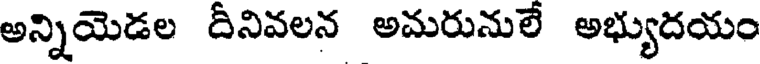
అన్నియెడల దీనివలన అమరునులే అభ్యుదయం